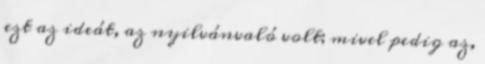
ezt az ideát, az nyilvánvaló volt; mivel pedig az,